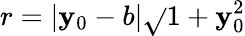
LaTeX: r=|\mathbf{y}_{0}-b|\sqrt{}{{1+\mathbf{y}_{0}^{2}}}